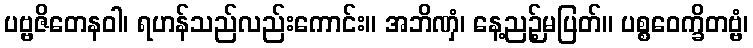
ပဗ္ဗဇိတေနဝါ၊ ရဟန်သည်လည်းကောင်း။ အဘိဏှံ၊ နေ့ညဉ့်မပြတ်။ ပစ္စဝေက္ခိတဗ္ဗံ၊